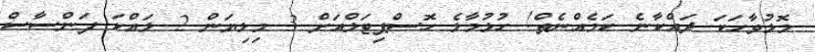
މޮޅުވާހަކަ ދައްކާނެ ކަމެއްނެތް! ހުޅުމާލެ ހޮސްޕިޓަލްއަށް 3 މިލިޔަން 2 ލައްކަ ފަންސާސް